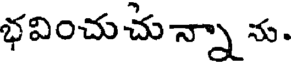
భవించుచున్నా ను.